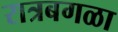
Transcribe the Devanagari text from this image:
रात्रबगळा